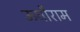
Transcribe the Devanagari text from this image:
ऊधौराम